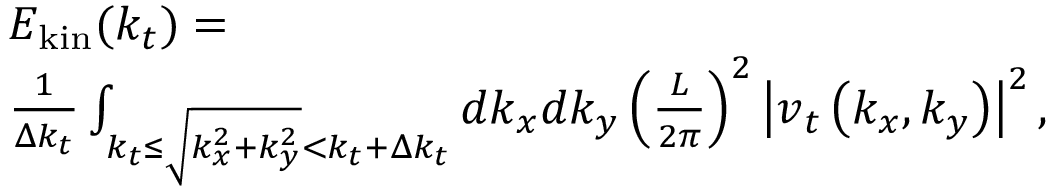
\begin{array} { r l } & { E _ { \mathrm { k i n } } ( k _ { t } ) = } \\ & { \frac { 1 } { \Delta k _ { t } } \int _ { k _ { t } \le \sqrt { k _ { x } ^ { 2 } + k _ { y } ^ { 2 } } < k _ { t } + \Delta k _ { t } } d k _ { x } d k _ { y } \left( \frac { L } { 2 \pi } \right) ^ { 2 } \left| \boldsymbol { v } _ { t } \left( k _ { x } , k _ { y } \right) \right| ^ { 2 } , } \end{array}